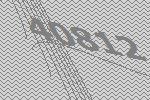
40812